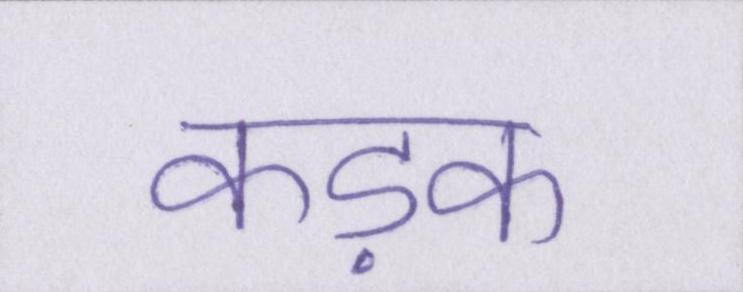
कड़क